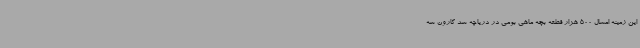
این زمینه امسال 500 هزار قطعه بچه ماهی بومی در دریاچه سد کارون سه